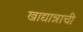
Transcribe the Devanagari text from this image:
खाद्यान्नाची